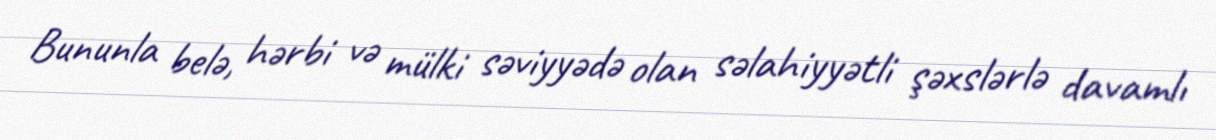
Bununla belə, hərbi və mülki səviyyədə olan səlahiyyətli şəxslərlə davamlı